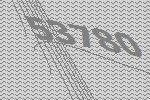
53780